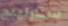
ستارلينج